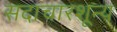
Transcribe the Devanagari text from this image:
सदाचारशून्य